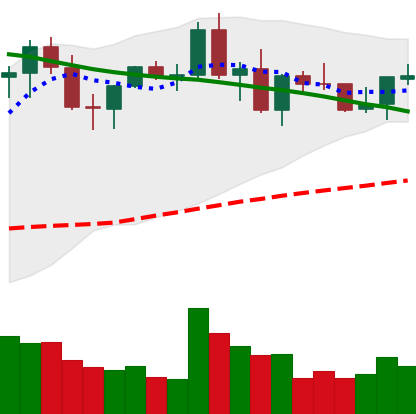
Ticker: NEO-USD
Chart end date: 2021-09-02
Forward return: -10.322%
Label: down_7plus